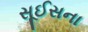
સૂઈસના